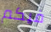
فيكم